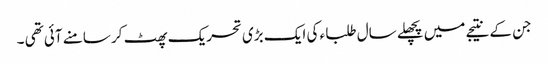
جن کے نتیجے میں پچھلے سال طلبا ء کی ایک بڑی تحریک پھٹ کر سامنے آئی تھی ۔